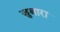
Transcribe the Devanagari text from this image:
जुबारा